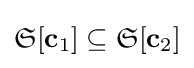
{\mathfrak {S}}[\mathbf {c} _{1}]\subseteq {\mathfrak {S}}[\mathbf {c} _{2}]